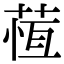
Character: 𦵕